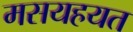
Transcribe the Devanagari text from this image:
मसयहयत